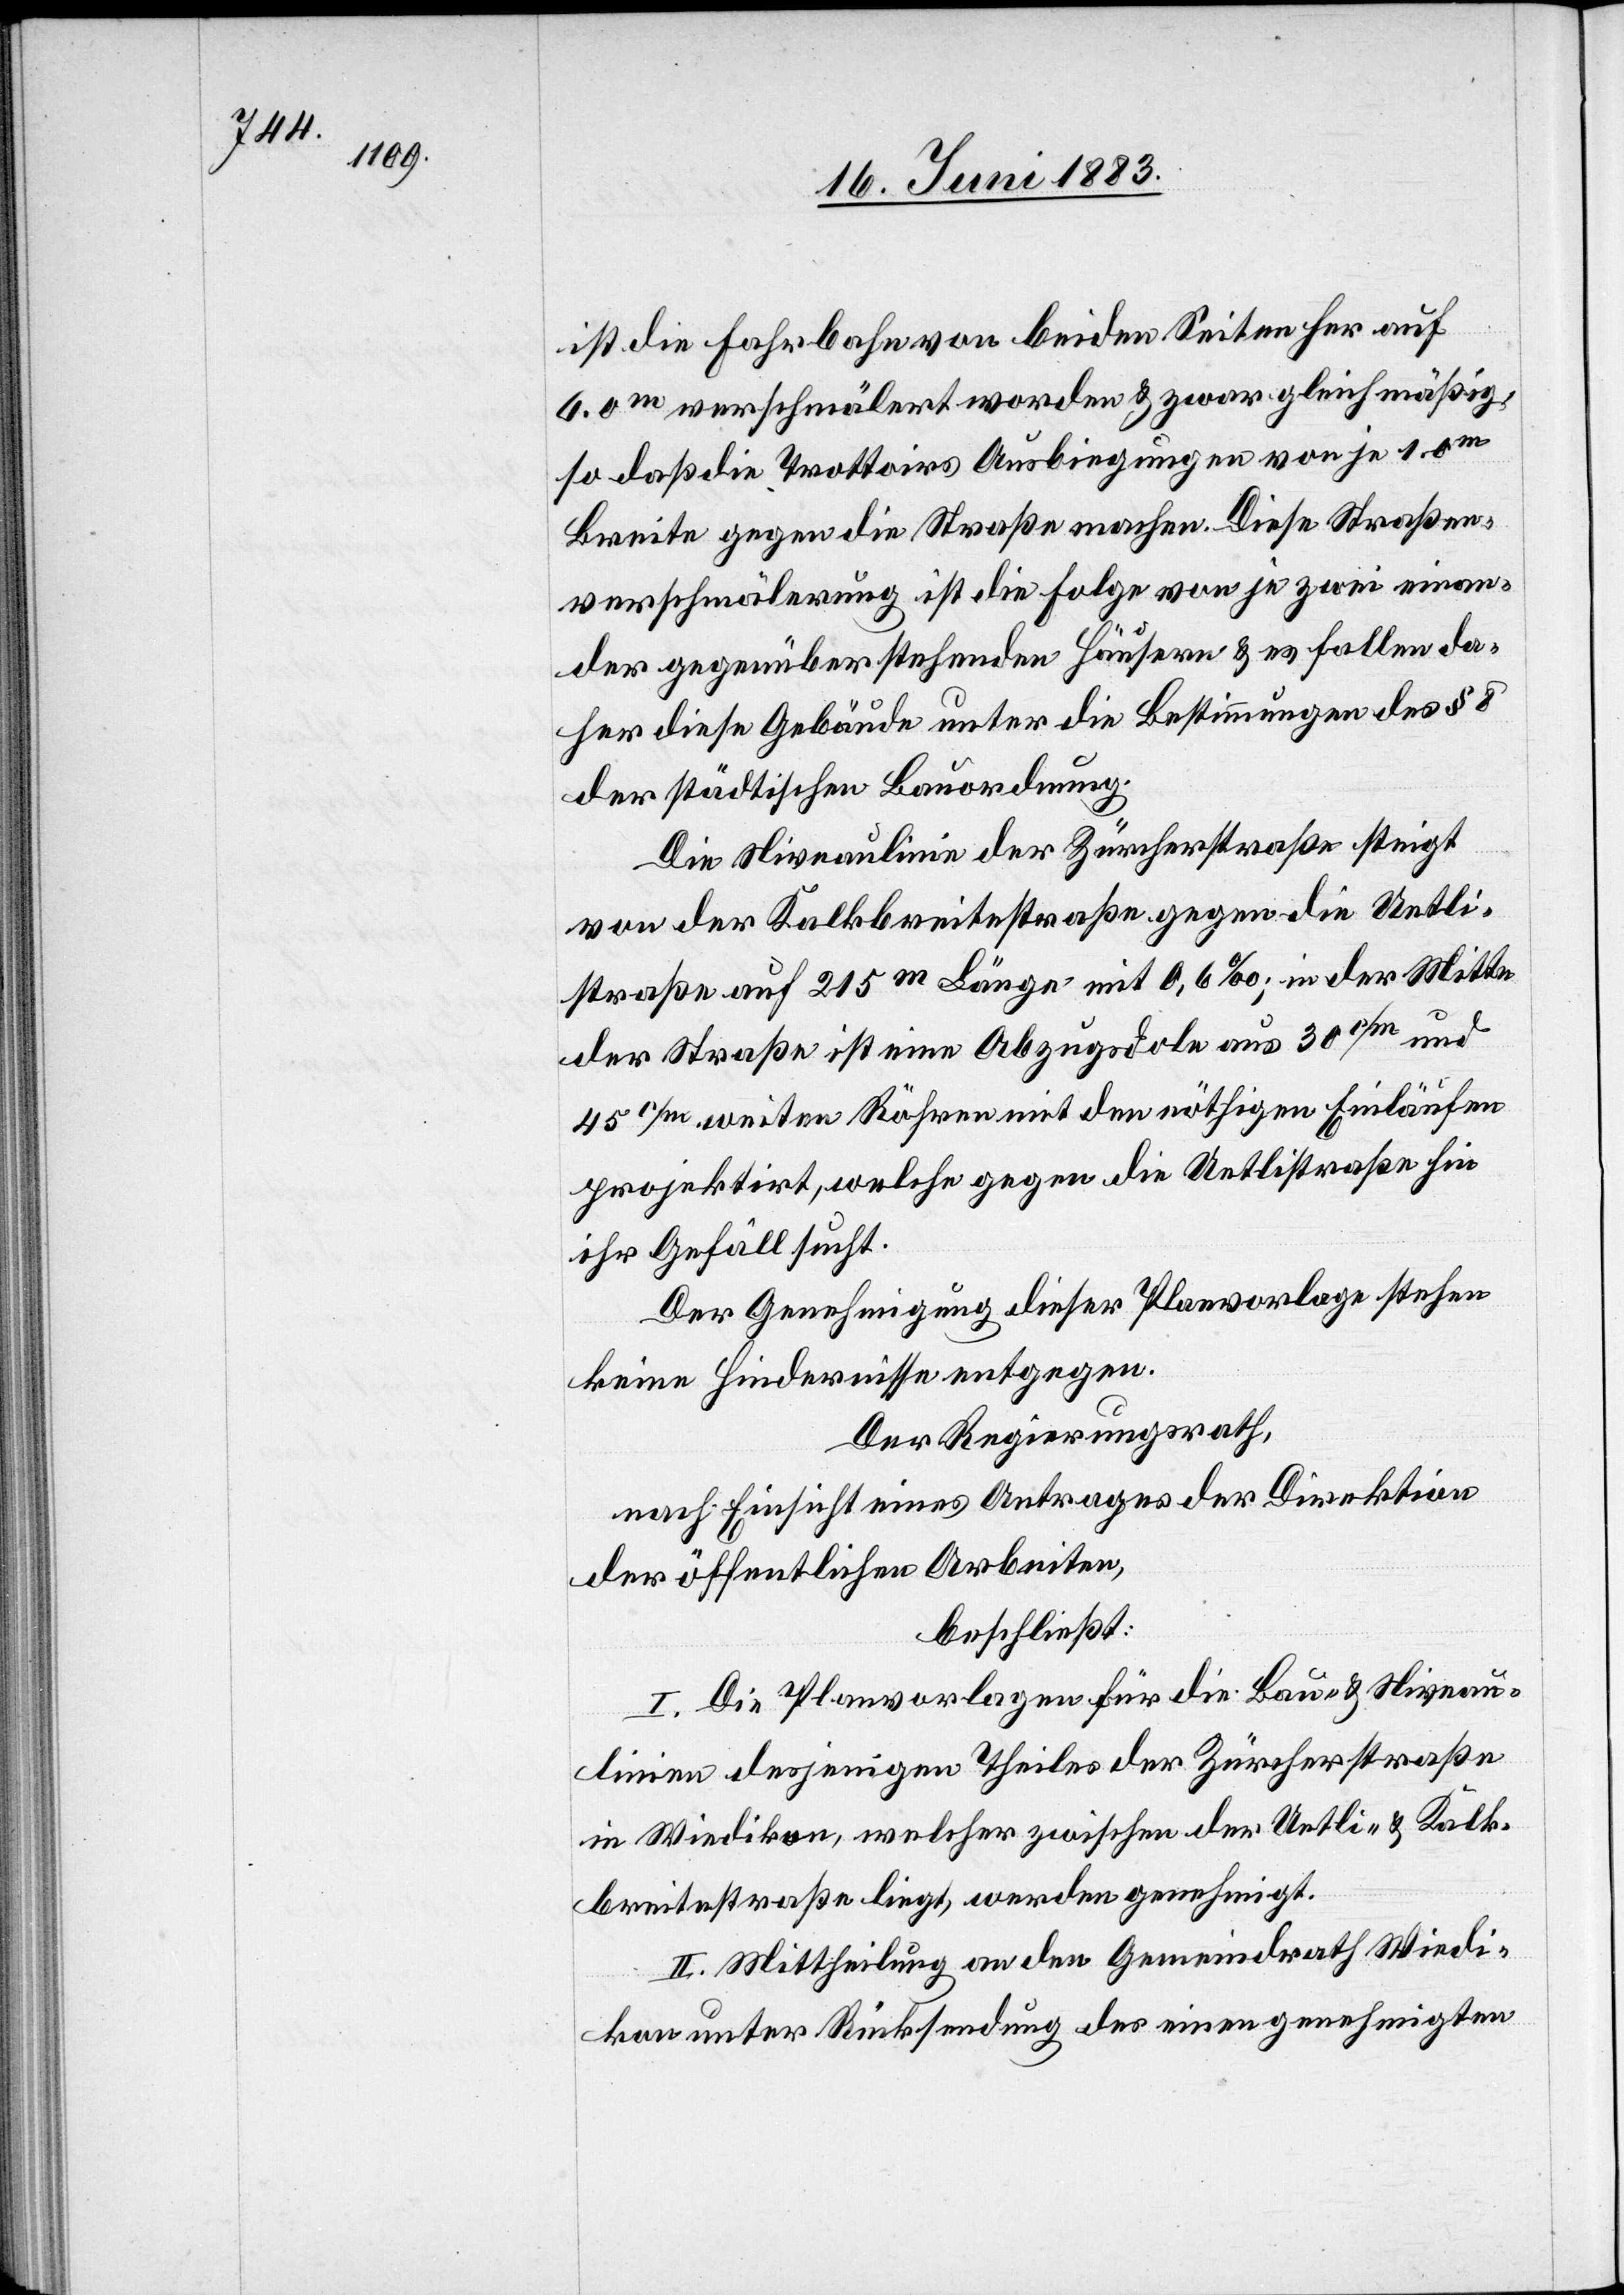
ist die Fahrbahn von beiden Seiten her auf
6.0m verschmälert worden & zwar gleichmäßig,
so daß die Trottoirs Ausbiegungen von je 1.0m
Breite gegen die Straße machen. Diese Straßen¬
verschmälerung ist die Folge von je zwei einan¬
der gegenüberstehenden Häusern & es fallen da¬
her diese Gebäude unter die Bestimmungen des § 8
der städtischen Bauordnung.
Die Niveaulinie der Zürcherstraße steigt
von der Kalkbreitestraße gegen die Uetli¬
straße auf 215m Länge mit 0,6‰; in der Mitte
der Straße ist eine Abzugsdole aus 30c/m und
45c/m weiten Röhren mit den nöthigen Einläufen
projektirt, welche gegen die Uetlistraße hin
ihr Gefäll sucht.
Der Genehmigung dieser Planvorlage stehen
keine Hindernisse entgegen.
Der Regierungsrath,
nach Einsicht eines Antrages der Direktion
der öffentlichen Arbeiten,
beschließt:
I. Die Planvorlagen für die Bau- & Niveau¬
linien desjenigen Theiles der Zürcherstraße
in Wiedikon, welcher zwischen der Uetli- & Kalk¬
breitenstraße liegt, werden genehmigt.
II. Mittheilung an den Gemeindrath Wiedi¬
kon unter Rücksendung der einen genehmigten